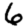
Digit: 6